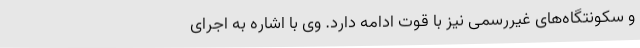
و سکونتگاه‌های غیررسمی نیز با قوت ادامه دارد. وی با اشاره به اجرای